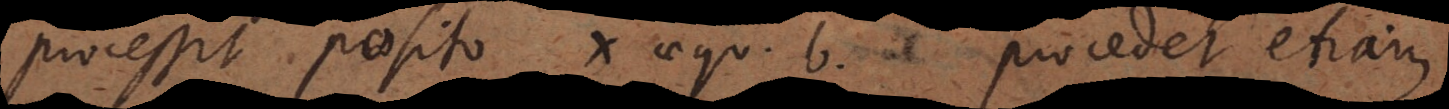
processit posito x aequ. b, procedet etiam